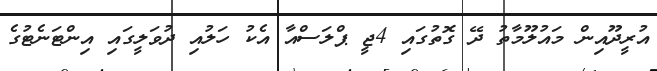
އުރީދޫއިން މައުލޫމާތު ދޭ ގޮތުގައި 4ޖީ ޕްލަސްއާ އެކު ހަލުއި ދުވަލީގައި އިންޓަނެޓުގެ